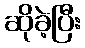
ဆိုခဲ့ပြီး